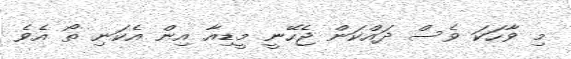
މި ވާހަކަ ވެސް ދައްކަން ޖެހޭނީ މީޑިއާ އިން އެކަނި ތޯ އެވެ